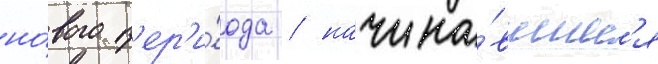
но́вого п'ер'и́ода / начина́вшиес'я